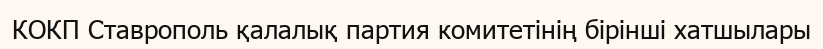
КОКП Ставрополь қалалық партия комитетінің бірінші хатшылары